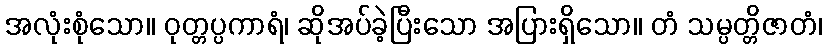
အလုံးစုံသော။ ဝုတ္တပ္ပကာရံ၊ ဆိုအပ်ခဲ့ပြီးသော အပြားရှိသော။ တံ သမ္ပတ္တိဇာတံ၊